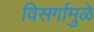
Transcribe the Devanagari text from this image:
विसर्गामुळे